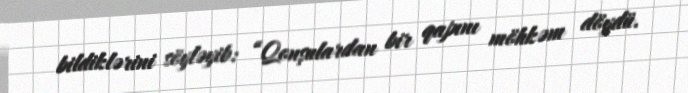
bildiklərini söyləyib: “Qonşulardan bir qapını möhkəm döydü.